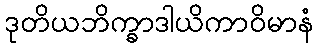
ဒုတိယဘိက္ခာဒါယိကာဝိမာနံ